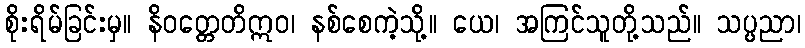
စိုးရိမ်ခြင်းမှ။ နိဝတ္တေတိဣဝ၊ နစ်စေကဲ့သို့။ ယေ၊ အကြင်သူတို့သည်။ သပ္ပညာ၊